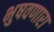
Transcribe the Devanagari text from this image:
भुषवणारा